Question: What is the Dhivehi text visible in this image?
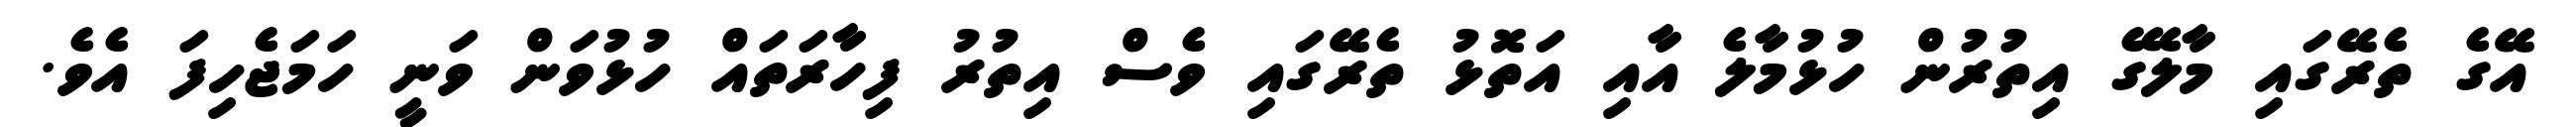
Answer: އޭގެ ތެރޭގައި މާލޭގެ އިތުރުން ހުޅުމާލެ އާއި އަތޮޅު ތެރޭގައި ވެސް އިތުރު ފިހާރަތައް ހުޅުވަން ވަނީ ހަމަޖެހިފަ އެވެ.